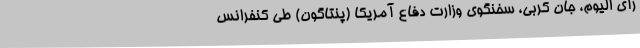
رأی الیوم، جان کربی، سخنگوی وزارت دفاع آمریکا (پنتاگون) طی کنفرانس